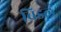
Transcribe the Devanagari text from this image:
ब्रिडल